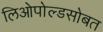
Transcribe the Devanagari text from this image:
लिओपोल्डसोबत